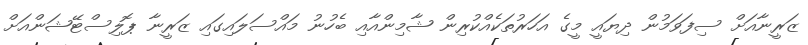
ޒަރީނާއަށް ސިފަވަމުން ދިޔައީ މީގެ އަހަރުތަކެއްކުރިން ޝާމިންއާއި ބެހުނު މައްސަލައިގައި ޒަރީނާ ޕޮލިސްޓޭޝަންއަށް